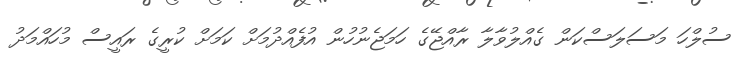
ސުލްހަ މަސަލަސްކަން ގެއްލުވާލާ ރާއްޖޭގެ ހަމަޖެނުހުން އުފެއްދުމަށް ކަމަށް ކުރީގެ ރައީސް މުހައްމަދު